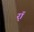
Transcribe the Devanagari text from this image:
र्‍ाॅ